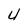
Character: 4